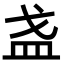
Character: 𪭌